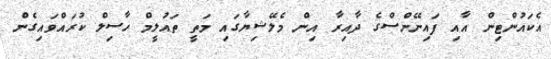
އެކައުންޓިން އާއި ފައިނޭންސްގެ ދާއިރާ އިން މެލޭޝިޔާގައި މަތީ ތައުލީމް ހާސިލް ކުރައްވައިގެން